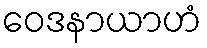
ဝေဒနာယာဟံ